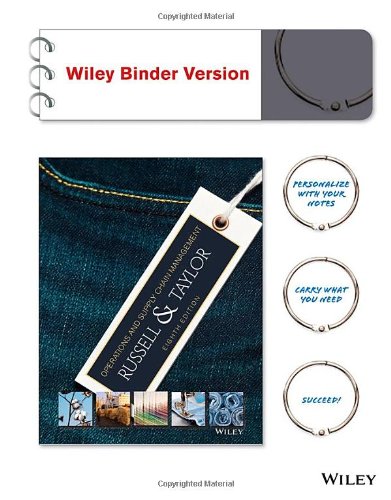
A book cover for Operations and Supply Chain Management, Binder Ready Version; Roberta S. Russell; Business & Money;